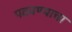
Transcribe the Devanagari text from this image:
पटवण्याचा